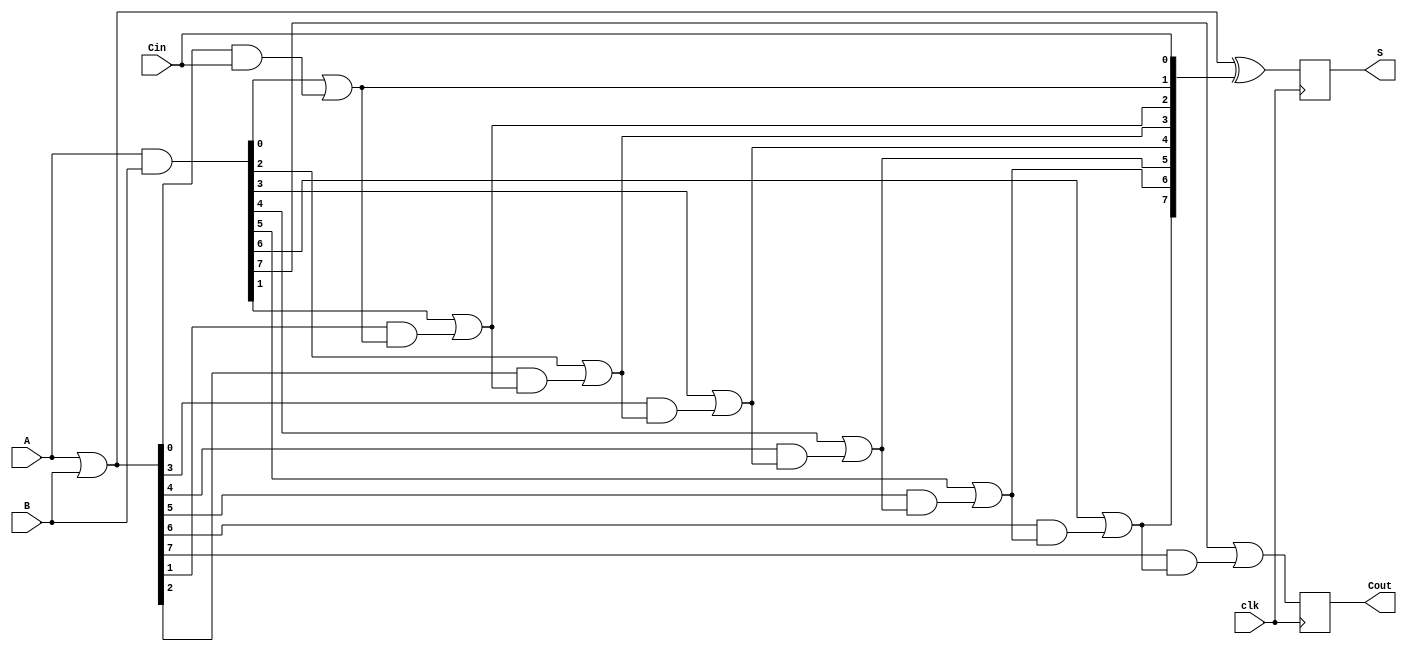
module PipelinedCLA #(parameter N = 8) (
    input wire clk,
    input wire [N-1:0] A,
    input wire [N-1:0] B,
    input wire Cin,
    output reg [N-1:0] S,
    output reg Cout
);

    // Intermediate signals
    wire [N-1:0] G;  // Generate signals
    wire [N-1:0] P;  // Propagate signals
    wire [N:0] C;    // Carry signals

    // Generate and Propagate calculations
    assign G = A & B;         // G[i] = A[i] AND B[i]
    assign P = A | B;         // P[i] = A[i] OR B[i]
    
    // Carry calculations
    assign C[0] = Cin;        // Initial carry
    genvar i;
    generate
        for (i = 0; i < N; i = i + 1) begin : carry_gen
            if (i == 0) begin
                assign C[i+1] = G[i] | (P[i] & C[i]);
            end else begin
                assign C[i+1] = G[i] | (P[i] & C[i]);
            end
        end
    endgenerate

    // Sum calculation
    always @(posedge clk) begin
        S <= P ^ C[N-1:0]; // S[i] = P[i] XOR C[i]
        Cout <= C[N];      // Cout = C[n]
    end

endmodule